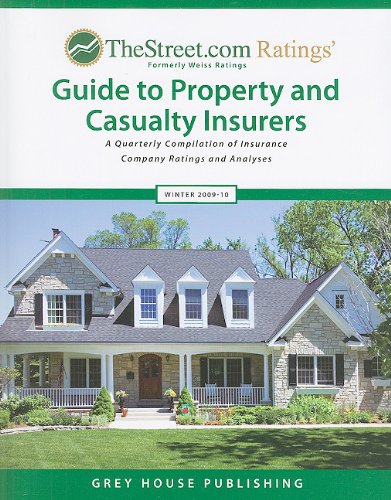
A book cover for TheStreet.com Ratings' Guide to Property and Casualty Insurers: Winter 2009-10: A Quarterly Compilation of Insurance Company Ratings and Analyses (Weiss Ratings Guide to Property & Casualty Insurers); Business & Money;